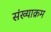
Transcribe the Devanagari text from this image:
संख्याक्रम